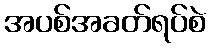
အပစ်အခတ်ရပ်စဲ